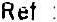
REF :